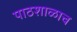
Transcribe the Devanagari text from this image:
पाठशाळाच